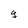
Character: 9